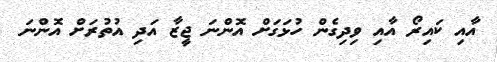
އާއި ކައިރޯ އާއި ވިދިގެން ހުޅަގަށް އޮންނަ ޖީޒާ އަދި އުތުރަށް އޮންނަ